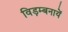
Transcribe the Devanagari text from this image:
विड़म्बनायें